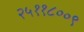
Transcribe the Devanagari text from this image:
२५११८००९